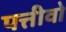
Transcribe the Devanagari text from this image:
पत्तीवो